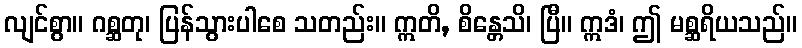
လျင်စွာ။ ဂစ္ဆတု၊ ပြန်သွားပါစေ သတည်း။ ဣတိ, စိန္တေသိ၊ ပြီ။ ဣဒံ၊ ဤ မစ္ဆရိယသည်။